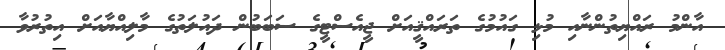
އާންމު ރައްޔިތުންނާއި މުޅި ގައުމުގެ ތަރައްޤީއަށް ޖީއެސްޓީގެ ސަބަބުން ދައުލަތުގެ މާލިއްޔާއަށް އިތުރުވާ